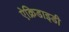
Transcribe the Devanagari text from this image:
ऐक्रिडाइडी